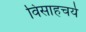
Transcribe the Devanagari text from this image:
विसाहचर्य